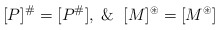
\begin{align*} [P]^\#=[P^\#], \And [M]^\circledast=[M^\circledast] \end{align*}